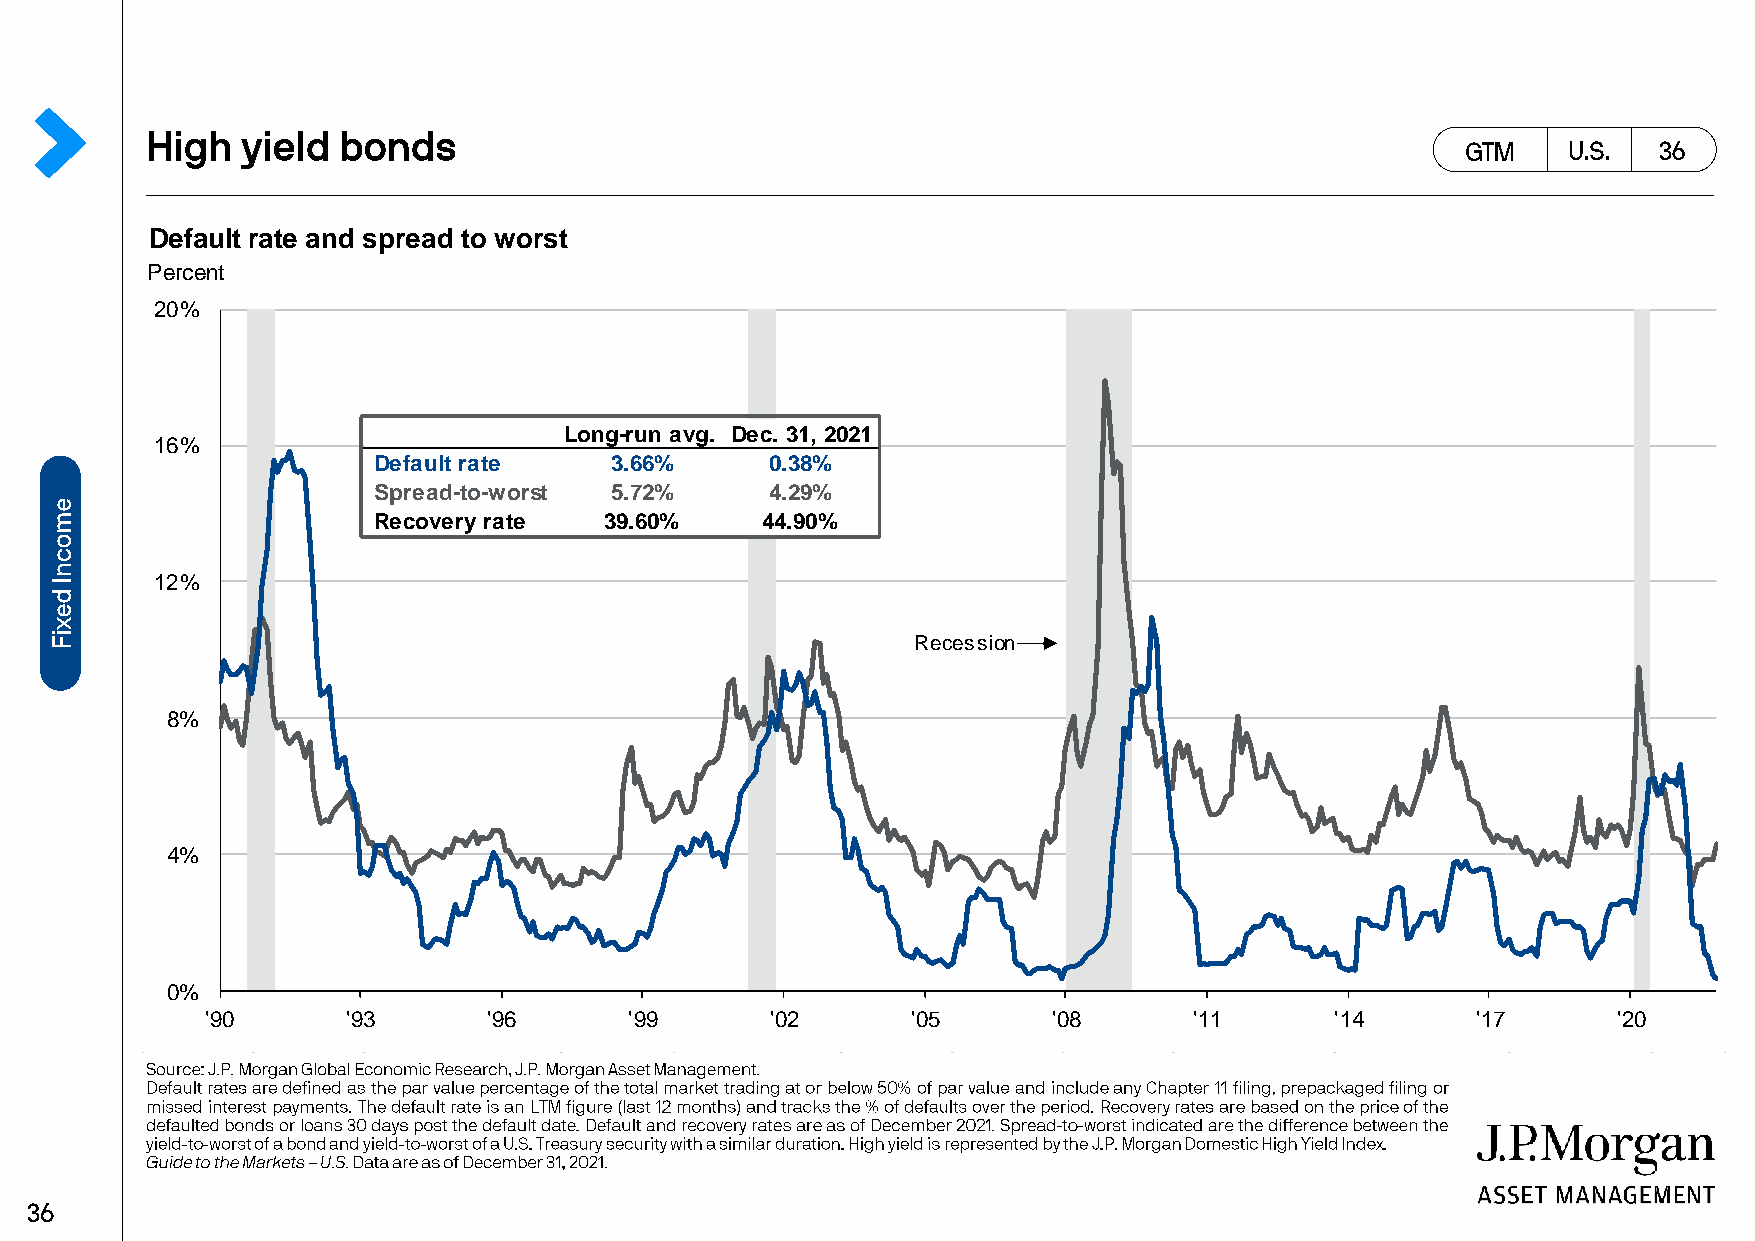
Default rate and spread to worst
 Percent
 20%
 Long-run avg. Dec. 31, 2021
 16%
 Default rate   3.66%      0.38%
 Spread-to-worst 5.72%     4.29%
 Recovery rate  39.60%    44.90%
 12%
 Recession
 8%
 4%
 0%
 '90      '93      '96       '99      '02      '05       '08      '11      '14       '17      '20